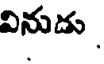
వినుడు